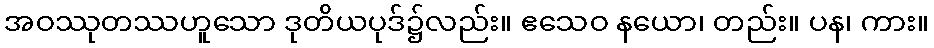
အဝဿုတဿဟူသော ဒုတိယပုဒ်၌လည်း။ ဧသေဝ နယော၊ တည်း။ ပန၊ ကား။